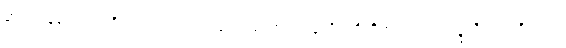
တမလွန်လောကကိုယုံကြည်၍ပေးလှူအပ်သော အလှူကိုခံကိုထိုက်သည်။ အဉ္ဇလီကရဏီယော၊